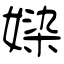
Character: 媣